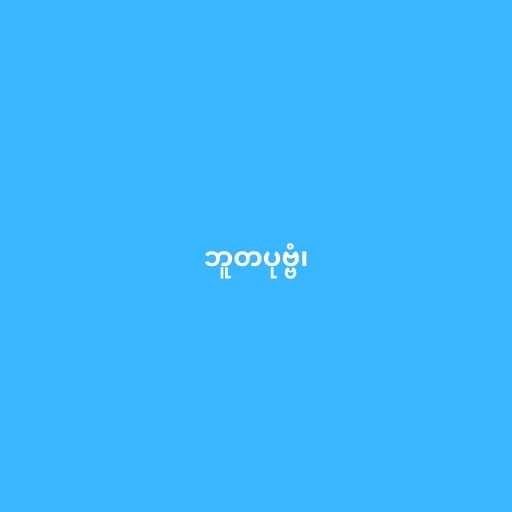
ဘူတပုဗ္ဗံ၊